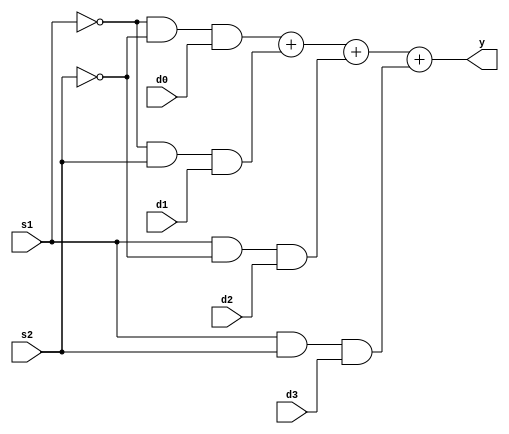
module mux4_112 #(parameter WITDH = 8) (d0, d1, d2, d3, s1, s2, y);

input s1, s2;
input [WITDH - 1:0] d0, d1, d2, d3;
output [WITDH - 1:0] y;

assign y = (~s1 & ~s2 & d0) + (~s1 & s2 & d1) + (s1 & ~s2 & d2) + (s1 & s2 & d3);

endmodule